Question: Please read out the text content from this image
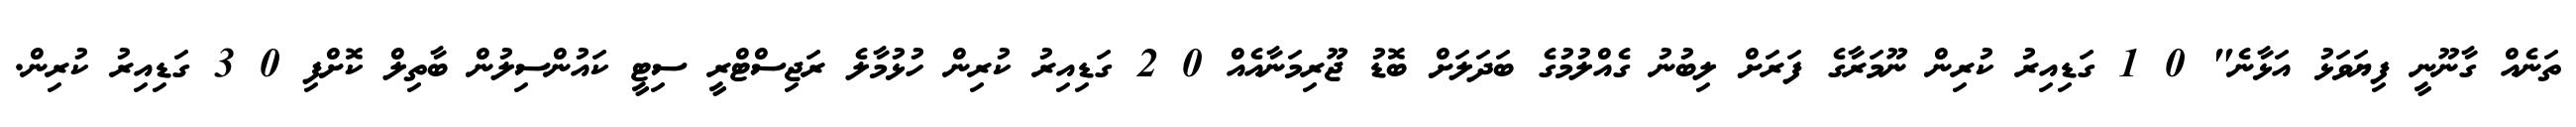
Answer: ތަނެއް ގާނޫނީ ފިޔަވަޅު އަޅާނެ" 0 1 ގަޑިއިރު ކުރިން ނޫމަރާގެ ފަރަށް ލިބުނު ގެއްލުމުގެ ބަދަލަށް ބޮޑު ޖޫރިމަނާއެއް 0 2 ގަޑިއިރު ކުރިން ހުޅުމާލެ ރަޖިސްޓްރީ ސިޓީ ކައުންސިލުން ބާތިލް ކޮށްފި 0 3 ގަޑިއިރު ކުރިން.